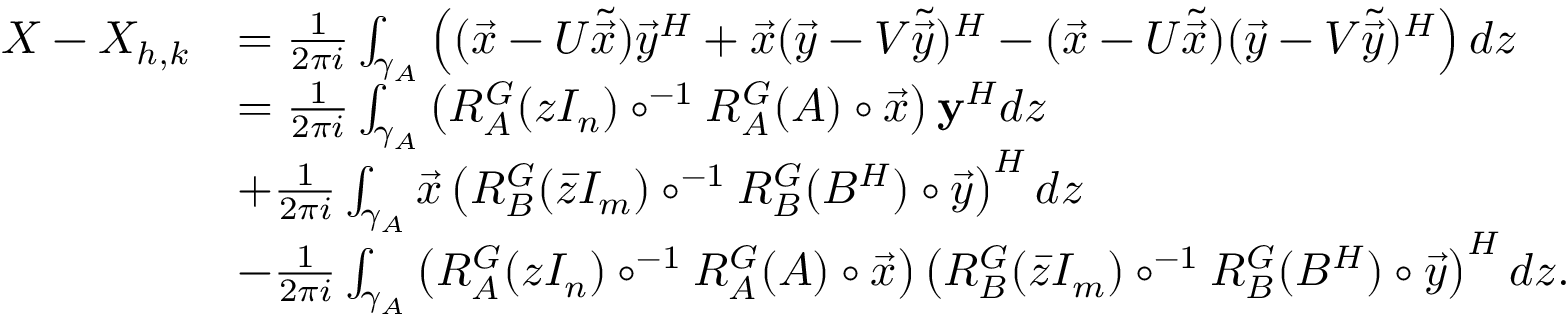
\begin{array} { r l } { X - X _ { h , k } } & { = \frac { 1 } { 2 \pi i } \int _ { \gamma _ { A } } \left( ( \vec { x } - U \tilde { \vec { x } } ) \vec { y } ^ { H } + \vec { x } ( \vec { y } - V \tilde { \vec { y } } ) ^ { H } - ( \vec { x } - U \tilde { \vec { x } } ) ( \vec { y } - V \tilde { \vec { y } } ) ^ { H } \right) d z } \\ & { = \frac { 1 } { 2 \pi i } \int _ { \gamma _ { A } } \left( R _ { A } ^ { G } ( z I _ { n } ) \circ ^ { - 1 } R _ { A } ^ { G } ( A ) \circ \vec { x } \right) \mathbf { y } ^ { H } d z } \\ & { + \frac { 1 } { 2 \pi i } \int _ { \gamma _ { A } } \vec { x } \left( R _ { B } ^ { G } ( \bar { z } I _ { m } ) \circ ^ { - 1 } R _ { B } ^ { G } ( B ^ { H } ) \circ \vec { y } \right) ^ { H } d z } \\ & { - \frac { 1 } { 2 \pi i } \int _ { \gamma _ { A } } \left( R _ { A } ^ { G } ( z I _ { n } ) \circ ^ { - 1 } R _ { A } ^ { G } ( A ) \circ \vec { x } \right) \left( R _ { B } ^ { G } ( \bar { z } I _ { m } ) \circ ^ { - 1 } R _ { B } ^ { G } ( B ^ { H } ) \circ \vec { y } \right) ^ { H } d z . } \end{array}